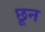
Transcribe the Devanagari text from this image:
छून